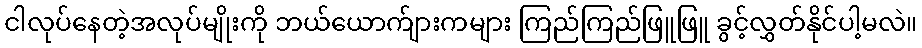
ငါလုပ်နေတဲ့အလုပ်မျိုးကို ဘယ်ယောက်ျားကများ ကြည်ကြည်ဖြူဖြူ ခွင့်လွှတ်နိုင်ပါ့မလဲ။